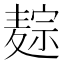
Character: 𪎏